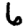
Digit: 6